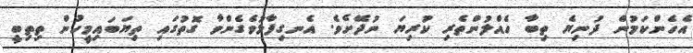
އެހެންކަމުން ދުނިޔެ ތިބާ ހެއްލުންތެރި ކުރިޔަ ނުދޭށެވެ. އެނގިފާޅުވެގެންވާ ގޮތުގައި ތިޔަބައިމީހުން ތިތިބީ